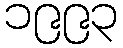
၁၉၉၃